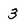
Character: 3